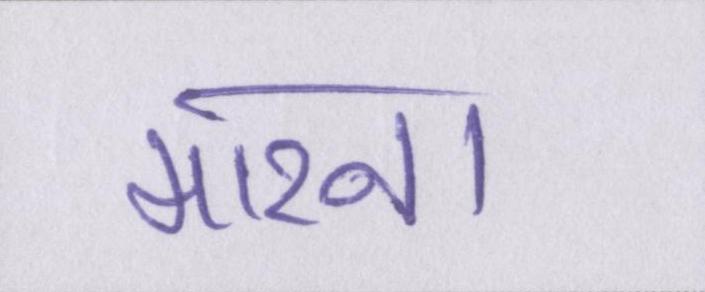
मारना